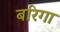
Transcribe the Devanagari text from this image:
बरिगा